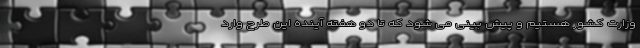
وزارت کشور هستیم و پیش بینی می شود که تا دو هفته آینده این طرح وارد